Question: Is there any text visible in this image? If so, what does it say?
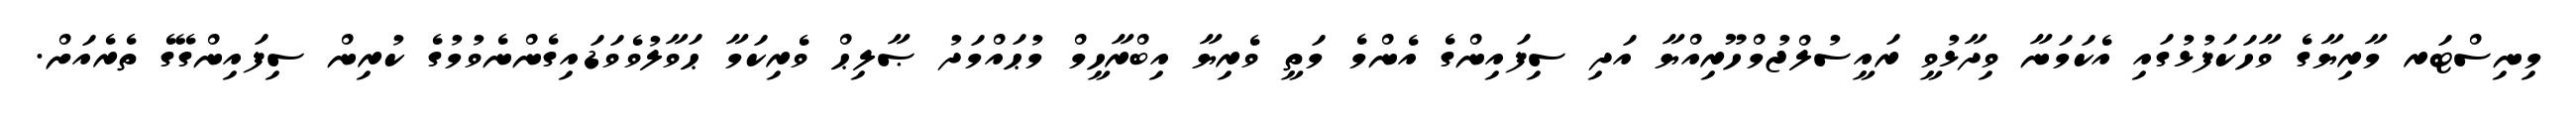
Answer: މިނިސްޓަރ މާރިޔާގެ ވާހަކަފުޅުގައި އެކަމަނާ ވިދާޅުވީ ރައީސުލްޖުމްހޫރިއްޔާ އަދި ސިފައިންގެ އެންމެ މަތީ ވެރިޔާ އިބްރާހީމް މުޙައްމަދު ޞާލިޙް ވެރިކަމާ ޙަވާލުވެވަޑައިގެންނެވުމުގެ ކުރިން ސިފައިންގޭގެ ތެރެއަށް.